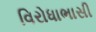
વિરોધાભાસી